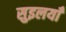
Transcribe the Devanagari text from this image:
सुइलयाँ